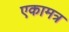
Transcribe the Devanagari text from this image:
एकामत्र